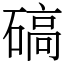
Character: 碻